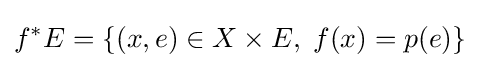
f^{*}E=\{(x,e)\in X\times E,\;f(x)=p(e)\}